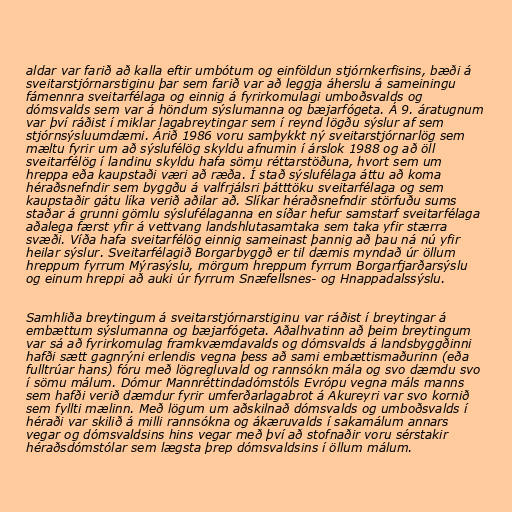
aldar var farið að kalla eftir umbótum og einföldun stjórnkerfisins, bæði á
sveitarstjórnarstiginu þar sem farið var að leggja áherslu á sameiningu
fámennra sveitarfélaga og einnig á fyrirkomulagi umboðsvalds og
dómsvalds sem var á höndum sýslumanna og bæjarfógeta. Á 9. áratugnum
var því ráðist í miklar lagabreytingar sem í reynd lögðu sýslur af sem
stjórnsýsluumdæmi. Árið 1986 voru samþykkt ný sveitarstjórnarlög sem
mæltu fyrir um að sýslufélög skyldu afnumin í árslok 1988 og að öll
sveitarfélög í landinu skyldu hafa sömu réttarstöðuna, hvort sem um
hreppa eða kaupstaði væri að ræða. Í stað sýslufélaga áttu að koma
héraðsnefndir sem byggðu á valfrjálsri þátttöku sveitarfélaga og sem
kaupstaðir gátu líka verið aðilar að. Slíkar héraðsnefndir störfuðu sums
staðar á grunni gömlu sýslufélaganna en síðar hefur samstarf sveitarfélaga
aðalega færst yfir á vettvang landshlutasamtaka sem taka yfir stærra
svæði. Víða hafa sveitarfélög einnig sameinast þannig að þau ná nú yfir
heilar sýslur. Sveitarfélagið Borgarbyggð er til dæmis myndað úr öllum
hreppum fyrrum Mýrasýslu, mörgum hreppum fyrrum Borgarfjarðarsýslu
og einum hreppi að auki úr fyrrum Snæfellsnes- og Hnappadalssýslu.

Samhliða breytingum á sveitarstjórnarstiginu var ráðist í breytingar á
embættum sýslumanna og bæjarfógeta. Aðalhvatinn að þeim breytingum
var sá að fyrirkomulag framkvæmdavalds og dómsvalds á landsbyggðinni
hafði sætt gagnrýni erlendis vegna þess að sami embættismaðurinn (eða
fulltrúar hans) fóru með lögregluvald og rannsókn mála og svo dæmdu svo
í sömu málum. Dómur Mannréttindadómstóls Evrópu vegna máls manns
sem hafði verið dæmdur fyrir umferðarlagabrot á Akureyri var svo kornið
sem fyllti mælinn. Með lögum um aðskilnað dómsvalds og umboðsvalds í
héraði var skilið á milli rannsókna og ákæruvalds í sakamálum annars
vegar og dómsvaldsins hins vegar með því að stofnaðir voru sérstakir
héraðsdómstólar sem lægsta þrep dómsvaldsins í öllum málum.